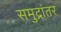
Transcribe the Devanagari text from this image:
समुद्रांतर